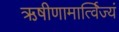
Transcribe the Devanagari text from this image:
ऋषीणामार्त्विज्यं